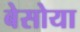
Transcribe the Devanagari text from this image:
बेसोया